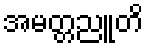
အမတ္တညူတိ